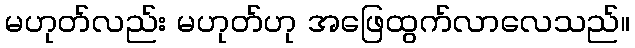
မဟုတ်လည်း မဟုတ်ဟု အဖြေထွက်လာလေသည်။